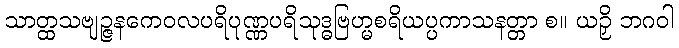
သာတ္ထသဗျဉ္ဇနကေဝလပရိပုဏ္ဏပရိသုဒ္ဓဗြဟ္မစရိယပ္ပကာသနတ္တာ စ။ ယဉှိ ဘဂဝါ